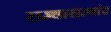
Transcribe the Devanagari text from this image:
राज्याराज्यांत